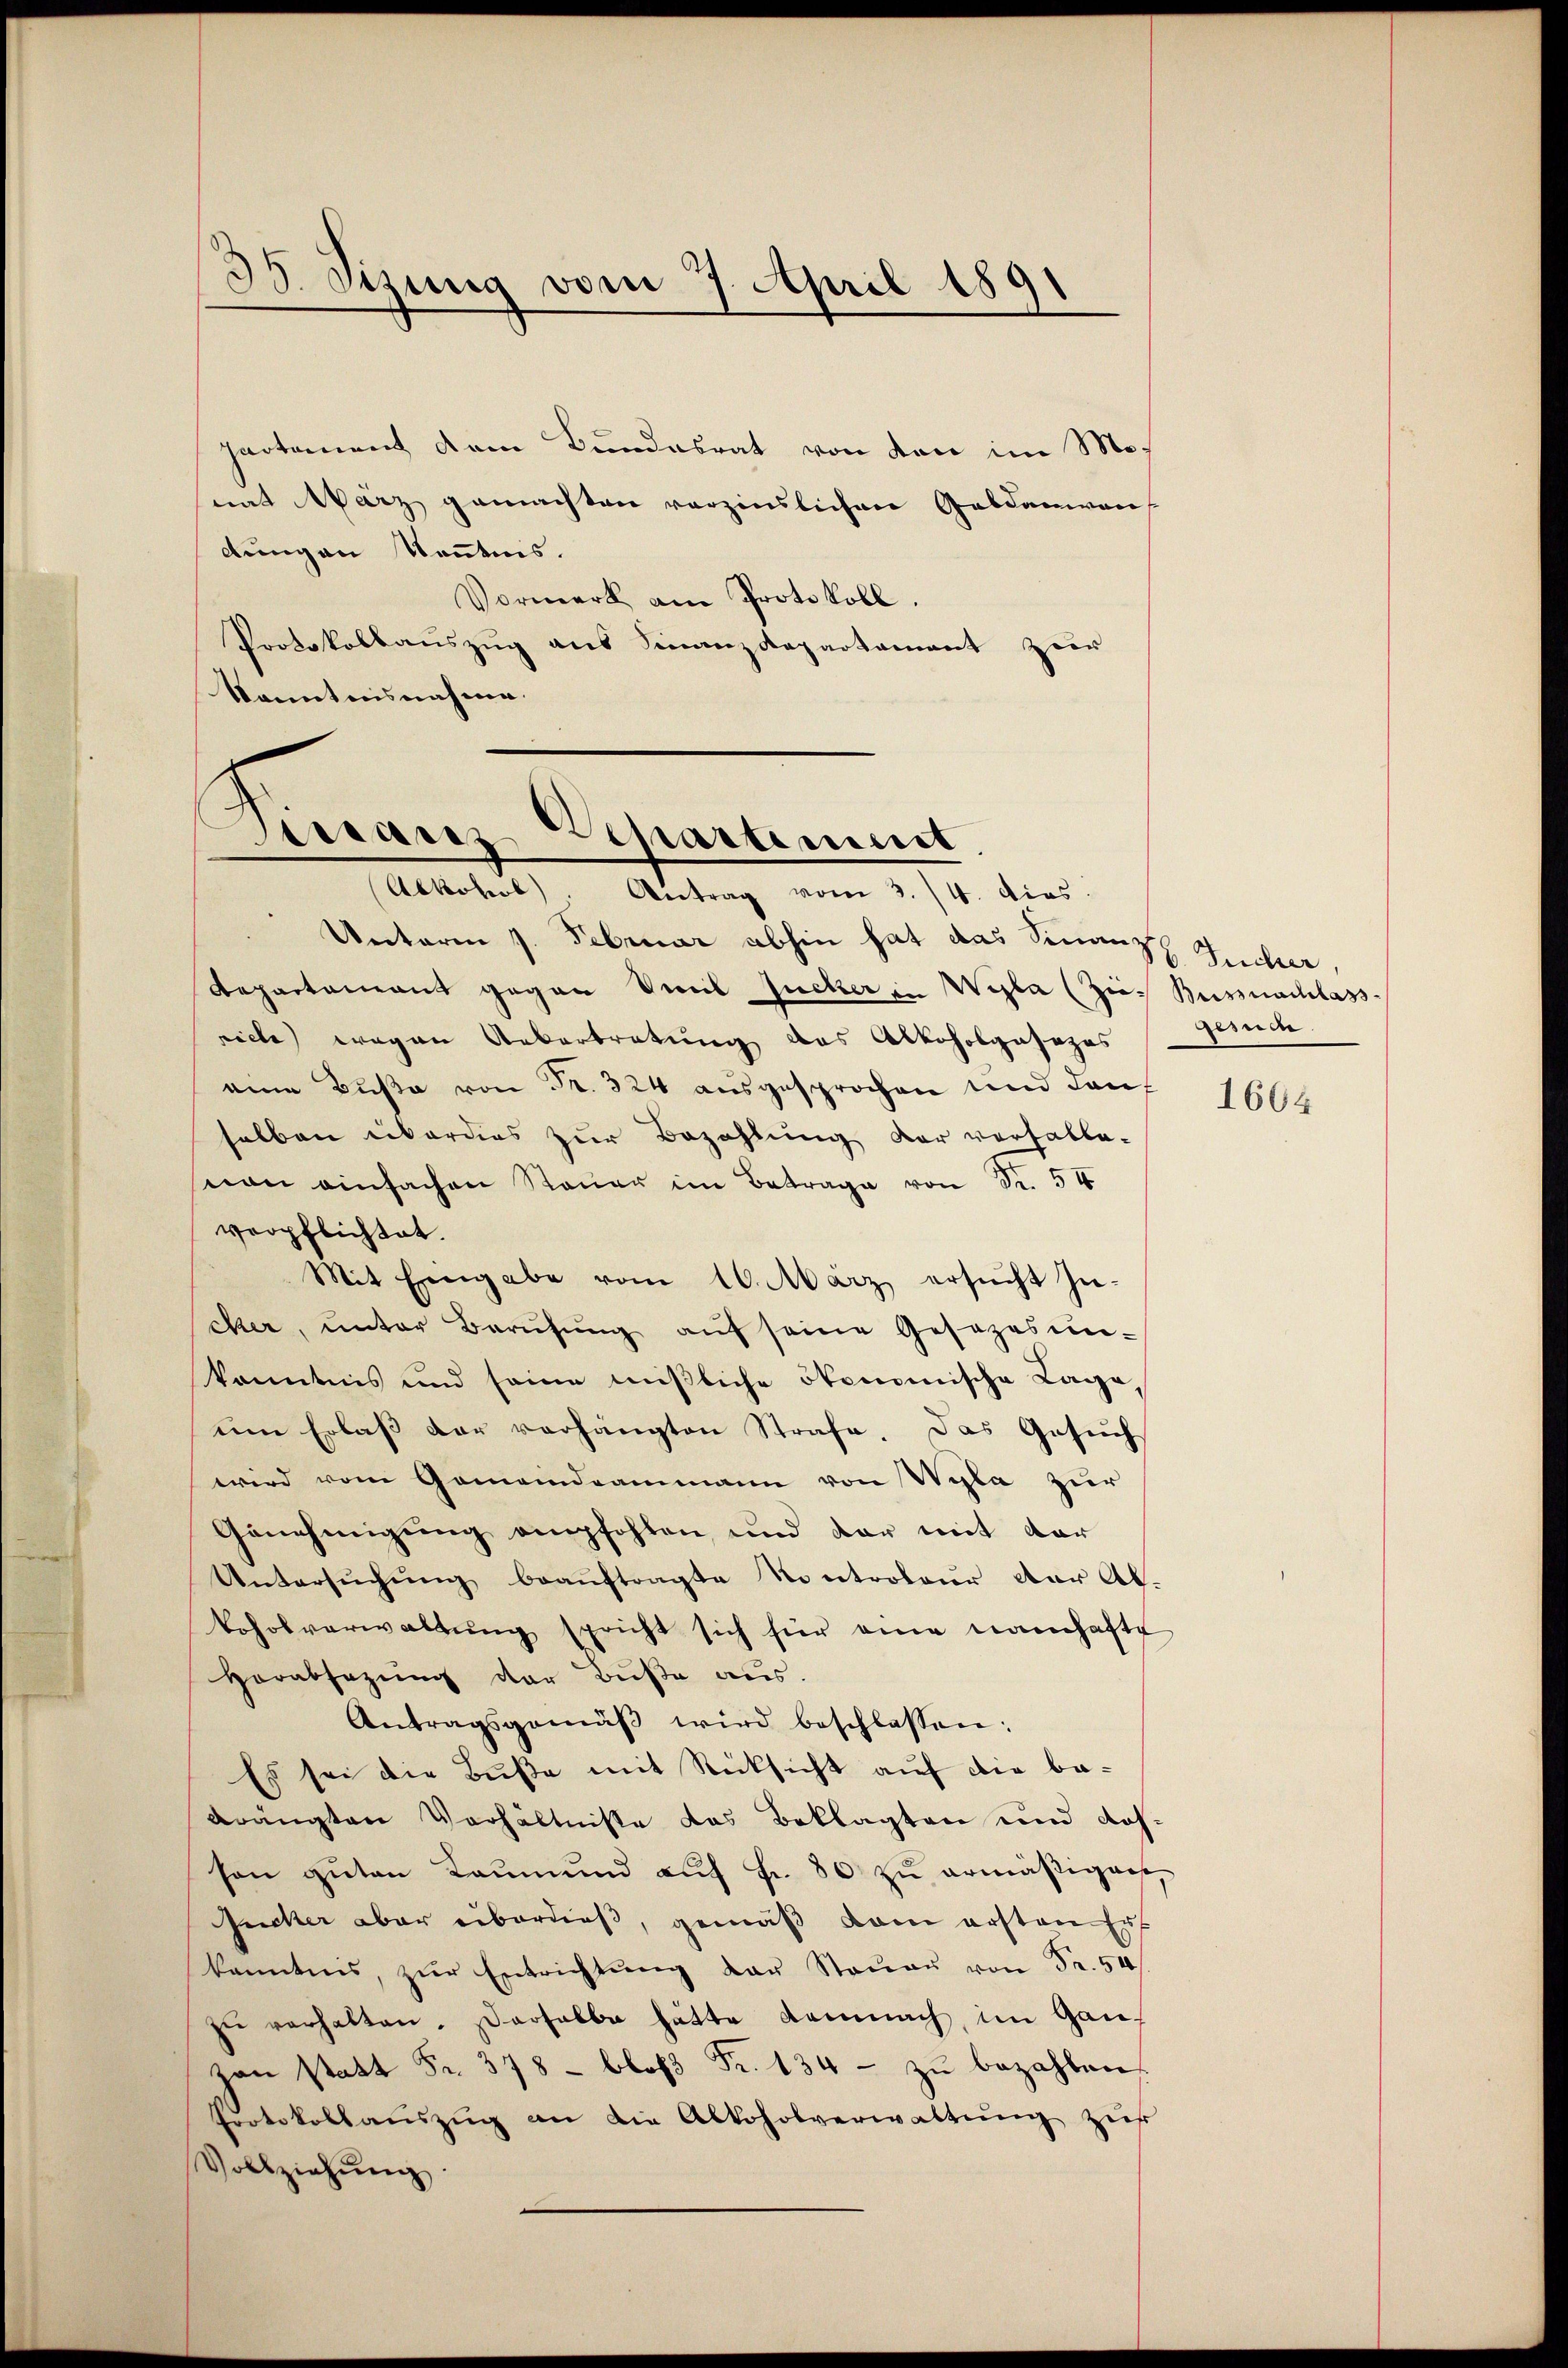
38. Sizung vom 7. April 1891

partament dem Bundesrat von den im Monat März gemachten verzinslichen Geldanwen-
dungen Kenntnis.
Vormerk am Protokoll.
Protokollauszug aus Finanzdepartament zur
kanntensnahme.

Tistanz Departiment
Alkohol. Antrag vom 3./4. dies

Unterm 7. Februar abhin hat das Sinanz
Repartement gegen Viel Zucker in Wyla (Zi- Bussnachlass
ricte wegen Uebertretung das Alkoholgasezes
eine Buße von Fr. 324 ausgesprochen und dan
selben überdies zur Bezahlung der verfalle-
von einfachen Steuer im Betrage von Sr. 54
verpflichtet.
Mit Eingabe vom 10. März ersŭcht hie-
cker, ŭnter Berŭfŭng aŭf seine Gesezesŭn-
kanntnis und seine mißliche ökonomische Lage,
um Erlaβ der verhängten Strafe. Das Gesuch
wird vom Gemeindeammann von Wyla zur
Genehmigung empfohlen, und dar mit der
Untersŭchŭng beaŭftragte Kontroleur der Ab¬
Boholverwaltŭng spricht sich für eine namhafte
Herabsazung der Buße aus.
Antragsgemäβ wird beschlassen:
Es sei die Buße mit Rücksicht auf die bedrängten Verhältnisse das Beklagten und Kosson guten Raum und auf Fr. 86 zu ermäßigene
Gucker aber überdieß, gemäß kam ersten Er
kanntnis, zŭr Entrichtŭng der Steŭer von Fr. 54
zŭ verhalten. Derselbe hätte Kemnach, im Ganzan statt Fr. 378 - bloß Fr. 134 - zu bezahlen.
Protokollaŭszŭg an die Abkoholverwaltŭng zur
Vollziehŭng

Tucher,
Gesc

1664